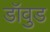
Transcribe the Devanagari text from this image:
डॉवुड